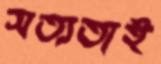
সত্যতাই